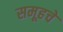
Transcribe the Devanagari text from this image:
समूहचे